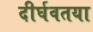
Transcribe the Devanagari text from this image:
दीर्घवतया